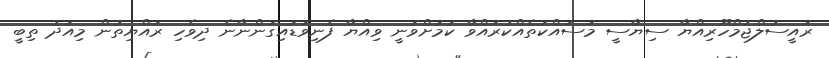
ރައީސުލްޖުމްހޫރިއްޔާ ސިޔާސީ މަސައްކަތެއްކުރައްވާ ކަމަށްވަނީ ވިއްޔާ ފެނިވަޑައިގަންނާނެ ދިވެހި ރައްޔިތުން މިއަދު ތިބީ